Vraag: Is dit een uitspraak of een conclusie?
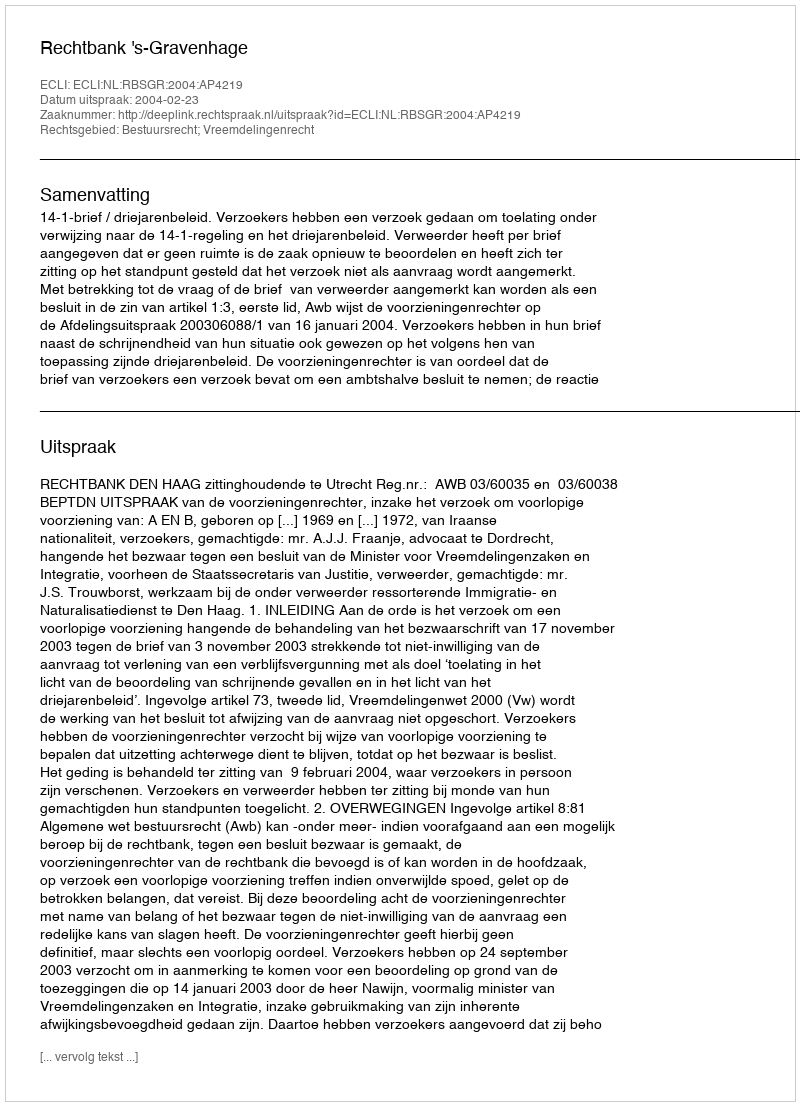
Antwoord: Uitspraak